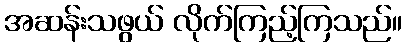
အဆန်းသဖွယ် လိုက်ကြည့်ကြသည်။